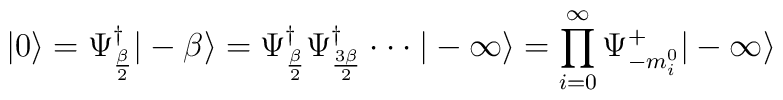
|0 \rangle = \Psi_{\beta \over 2}^{\dagger} |-\beta \rangle=\Psi_{\beta \over 2}^{\dagger} \Psi_{3 \beta \over 2}^{\dagger}\cdot \cdot \cdot  | - \infty \rangle    = \prod_{i=0}^{\infty} \Psi^{+}_{-m_i^{0}} | - \infty \rangle